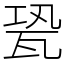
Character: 㼦